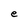
Character: e